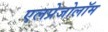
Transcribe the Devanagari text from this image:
एलप्रेजोलॉम